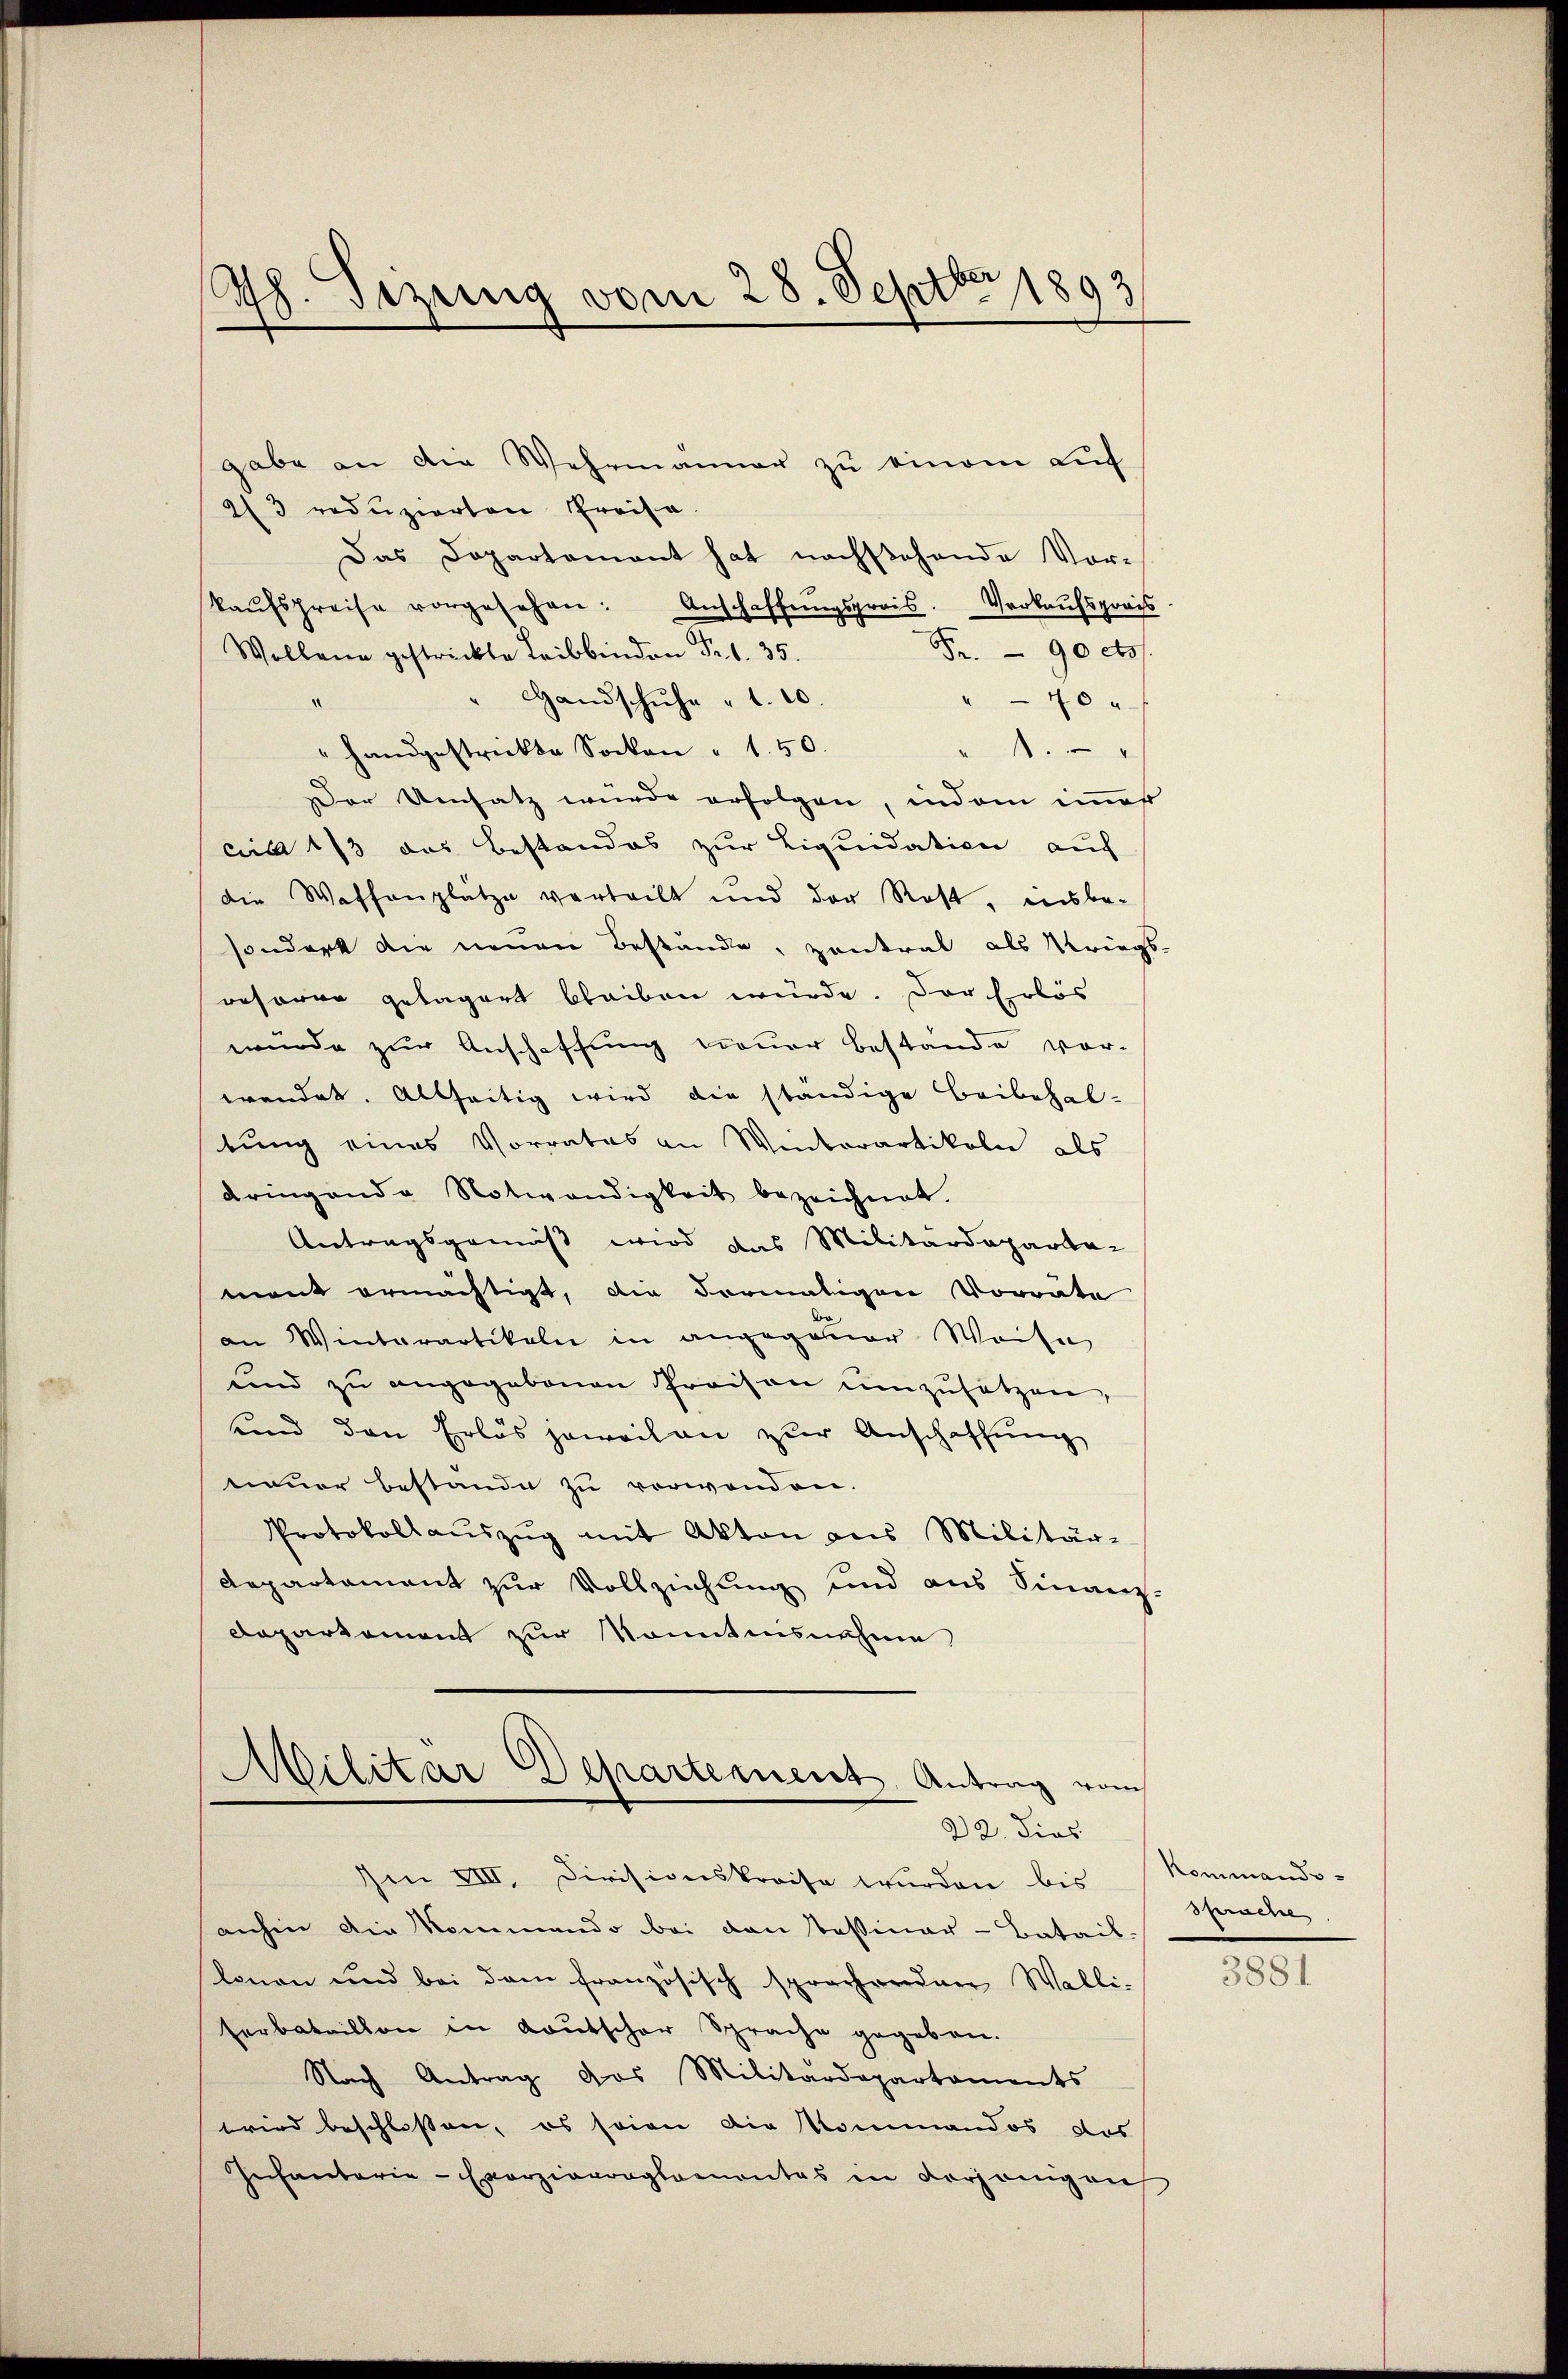
th. Sizung vom 28. Septbr 1893

gabe an die Wehrmanner zu einem Luf
23 reduzierten Preisa
Das Departamant hat nachstehende Vorkaŭfspreise vorgesehen: Anschaffŭngspreis. Verkaŭfsgrois
Fr. 90 c
Wollene gestrickte Leibbinden Fr. 1. 35.
Handschuhe " 1.10.
“
" 70
" handgestrickte Socken " 150.
f
Der Umsatz wurde erfolgen, indem immes
circa 1/3 des Bestandes zur Liquidation auf
die Waffenplatze verteilt und der Rost, insbe-
sondert die neuen Bestande, zontral als Kriegs-
Besorge gelagert bleiben würde. Der Erlös
wurde zur Anschaffung neuer Bestände vor-
wendet. Allseitig wird die ständige Beibehal-
tung eines Vorrates an Winterartikeln als
dringende Notwendigkeit bezeichnet.
Antragsgemäß wird das Militärdeparta-
mant ermächtigt, die vormaligen Vorrate
an Winterartikeln in angeganner Weise
und zu angegebenen Preisen ŭmzŭsetzen,
und den Erlös jeweilen zur Anschaffŭng
neuer bestände zu verwenden.
Protokoll aŭszŭg mit Akten aus Militär-
Departament zur Vollziehung und aus Finanz-
Dapartement zur Konntnisnahme

Militär Departement Antrag von
22. dies

Im VIII. Divisionskreise wurden bis Kommando-
anhin die Kommando bei den Tessiner-Batail-
lonen und bei dem französisch sprachwerdner Walli-
serbataillon in Kautscher Sprache gegeben.
Nach Antrag das Militärdepartaments
wird beschlossen, es seine die Kommandos das
Infanterie-Eporzierreglementes in derjenigen

¬

Sprache

3881